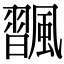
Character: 飁